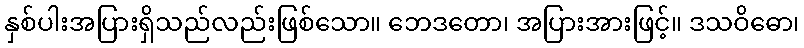
နှစ်ပါးအပြားရှိသည်လည်းဖြစ်သော။ ဘေဒတော၊ အပြားအားဖြင့်။ ဒသဝိဓော၊